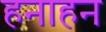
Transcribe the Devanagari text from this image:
हनाहन